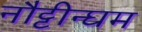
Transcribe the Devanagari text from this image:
नौट्टीन्घम